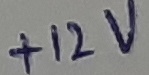
Text: +12V